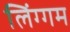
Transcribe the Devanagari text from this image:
लिंग्गम